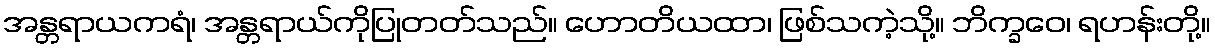
အန္တရာယကရံ၊ အန္တရာယ်ကိုပြုတတ်သည်။ ဟောတိယထာ၊ ဖြစ်သကဲ့သို့။ ဘိက္ခဝေ၊ ရဟန်းတို့။